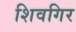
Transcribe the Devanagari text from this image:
शिवगिर